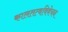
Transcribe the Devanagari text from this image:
कालतत्वविवेचन